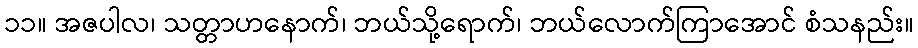
၁၁။ အဇပါလ၊ သတ္တာဟနောက်၊ ဘယ်သို့ရောက်၊ ဘယ်လောက်ကြာအောင် စံသနည်း။